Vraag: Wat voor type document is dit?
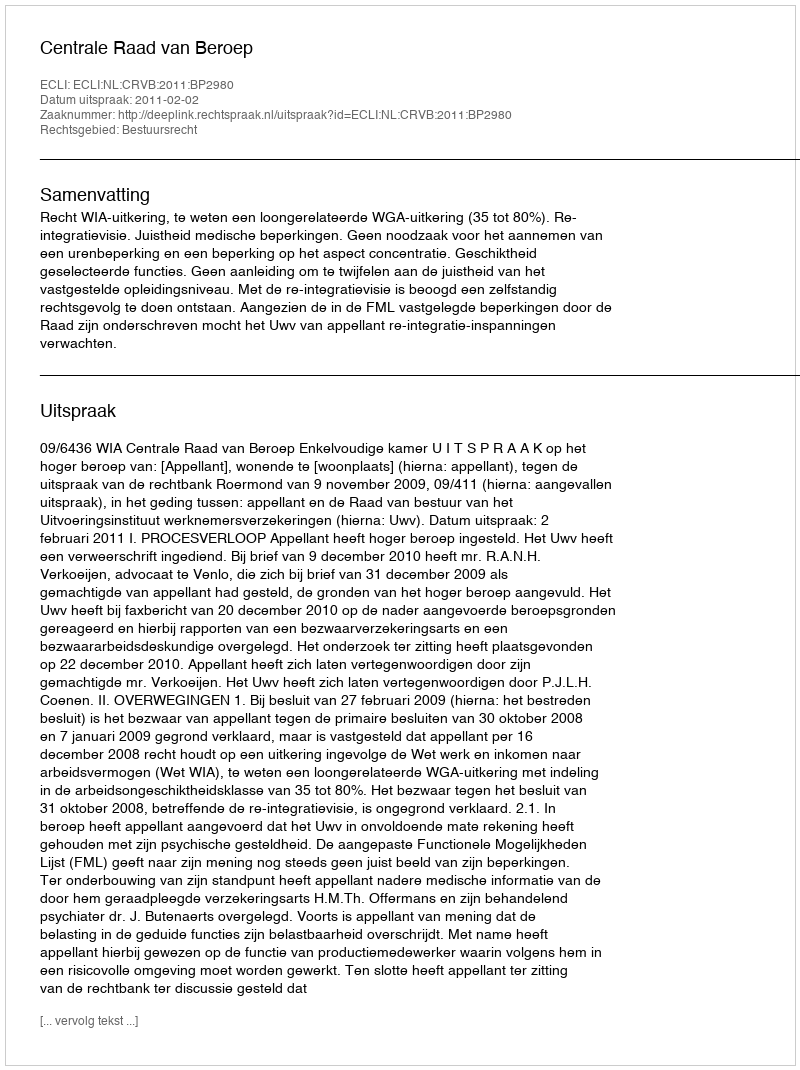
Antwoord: Uitspraak